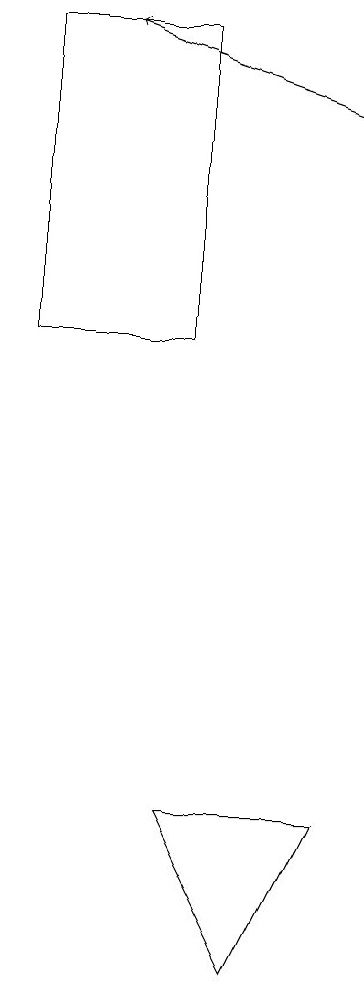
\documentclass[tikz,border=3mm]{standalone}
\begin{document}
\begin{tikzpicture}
\draw (5,9) -- (7,9) -- (6,7) -- cycle;
\draw[->] (7,18) -- (4,19);
\draw (3,15) rectangle (5,19);
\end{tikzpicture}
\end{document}